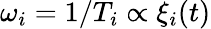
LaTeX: \omega_{i}=1/T_{i}\propto\xi_{i}(t)